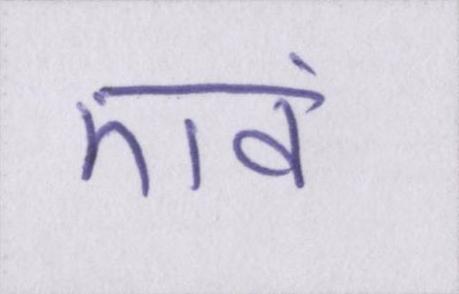
एवं